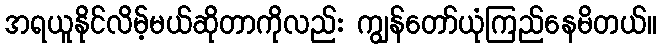
အရယူနိုင်လိမ့်မယ်ဆိုတာကိုလည်း ကျွန်တော်ယုံကြည်နေမိတယ်။